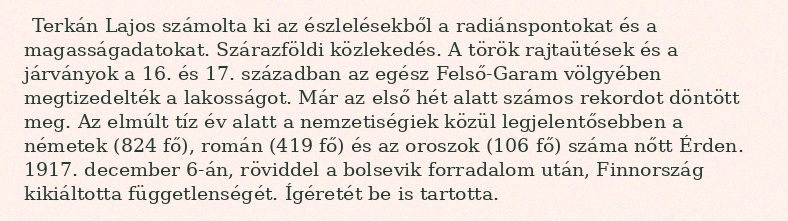
Terkán Lajos számolta ki az észlelésekből a radiánspontokat és a magasságadatokat. Szárazföldi közlekedés. A török rajtaütések és a járványok a 16. és 17. században az egész Felső-Garam völgyében megtizedelték a lakosságot. Már az első hét alatt számos rekordot döntött meg. Az elmúlt tíz év alatt a nemzetiségiek közül legjelentősebben a németek (824 fő), román (419 fő) és az oroszok (106 fő) száma nőtt Érden. 1917. december 6-án, röviddel a bolsevik forradalom után, Finnország kikiáltotta függetlenségét. Ígéretét be is tartotta.